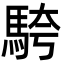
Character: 𩣔